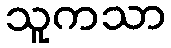
သူကသာ